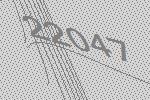
22047